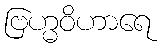
ဗြဟ္မဝိဟာရေ